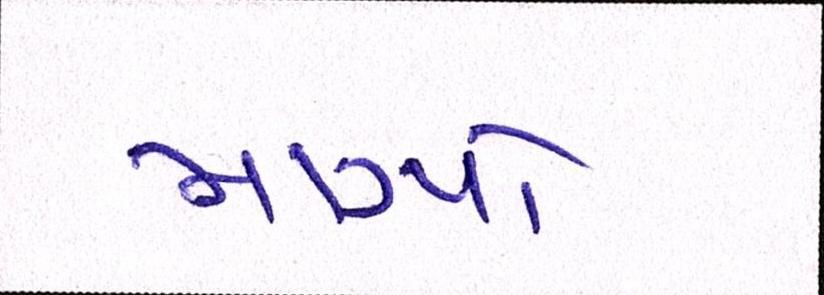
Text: માગ્યો